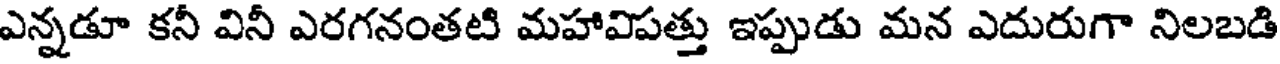
ఎన్నడూ కనీ వినీ ఎరగనంతటి మహావిపత్తు ఇప్పుడు మన ఎదురుగా నిలబడి